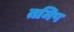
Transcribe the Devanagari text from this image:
तमिष